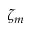
\zeta _ { m }